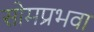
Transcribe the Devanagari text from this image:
सोमप्रभवा